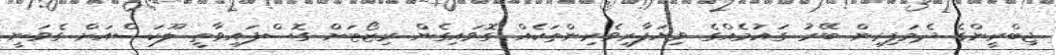
ޖިބްރީންގެ ދެމަފިރިން ބޭރު ގައުމެއްގެ ވިޔަފާރިވެރިންތަކެއް ގޮވައިގެން ރިޒޯޓަށް ގޮސްފައިވާތީ ލޫކަސްއަށް ގެވަނީ